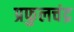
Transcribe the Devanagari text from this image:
प्रफुलचंद्र